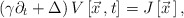
\begin{align*}\left(\gamma\partial_t+\Delta\right)V\left[\vec x{\,},t\right]=J\left[{\vec x}{\,}\right],\end{align*}